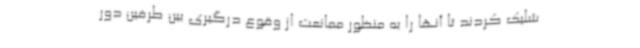
شلیک کردند تا آنها را به منظور ممانعت از وقوع درگیری بین طرفین دور